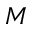
M